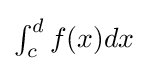
{\textstyle \int _{c}^{d}f(x)dx}